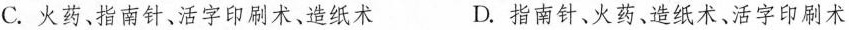
C.火药、指南针、活字印刷术、造纸术 D.指南针、火药、造纸术、活字印刷术